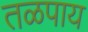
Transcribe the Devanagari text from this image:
तळपाय